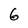
Character: 6